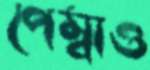
পেম্বাও